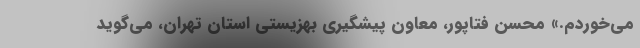
می‌خوردم.» محسن فتاپور، معاون پیشگیری بهزیستی استان تهران، می‌گوید